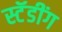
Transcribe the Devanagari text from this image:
स्टॅडींग